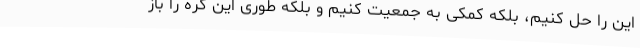
این را حل کنیم، بلکه کمکی به جمعیت کنیم و بلکه طوری این گره را باز